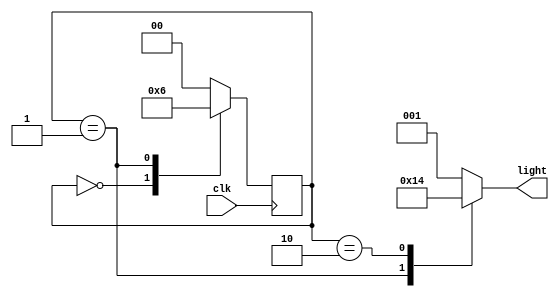
module cyclic_lamp(clk,light);

input clk;
output reg [2:0] light;
reg [0:1] state;

parameter s0 = 0 , s1 = 1, s2 = 2;
parameter red = 3'b001, green = 3'b010, yellow = 3'b100;

/*
always @(posedge clk)
	case (state)
		
		s0 : begin
				light <= green; 
				state <= s1;
			end
		s1 : begin
				light <= yellow; 
				state <= s2;
			end
		s2 : begin
				light <= red; 
				state <= s0;
			end
		default : begin
				light <= red; 
				state <= s0;
			end
		
				
		
	endcase*/
	
//use two always block to reduce required FF

always @(posedge clk)
	case (state)
		s0 : state <= s1;
		s1 : state <= s2;
		s2 : state <= s0;
		default : state <= s0;

endcase

always @(state)
	case (state)
		s0 : light = red;
		s1 : light = green;
		s2 : light = yellow;
		default : light = red;

endcase

endmodule